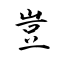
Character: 豈